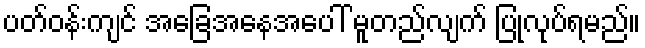
ပတ်ဝန်းကျင် အခြေအနေအပေါ် မူတည်လျက် ပြုလုပ်ရမည်။